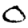
Digit: 0